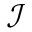
\mathcal { I }